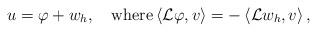
LaTeX: \begin{align*} u=\varphi + w_h, \quad\mbox{where} \left\langle\mathcal{L} \varphi , v\right\rangle = -\left\langle\mathcal{L} w_h,v\right\rangle, \end{align*}